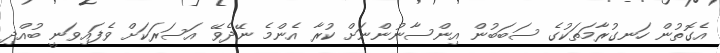
އެގޮތުން ހަނގުރާމަތަކުގެ ސަބަބުން އިންސާނުންނަށް ކުރާ އެންމެ ނޭދެވޭ އަސަރަކަށް ވެފައިވަނީ ބުއްދި